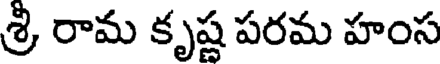
శ్రీ రామ కృష్ణ పరమ హంస